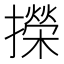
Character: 㩞